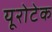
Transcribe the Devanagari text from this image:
यूरोटेक